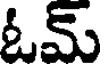
ఓమ్